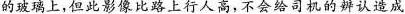
的玻璃上，但此影像比路上行人高，不会给司机的辨认造成